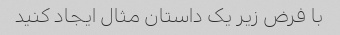
با فرض زیر یک داستان مثال ایجاد کنید